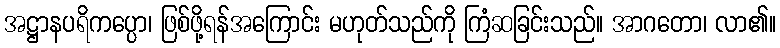
အဋ္ဌာနပရိကပ္ပော၊ ဖြစ်ဖို့ရန်အကြောင်း မဟုတ်သည်ကို ကြံဆခြင်းသည်။ အာဂတော၊ လာ၏။